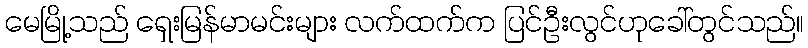
မေမြို့သည် ရှေးမြန်မာမင်းများ လက်ထက်က ပြင်ဦးလွင်ဟုခေါ်တွင်သည်။